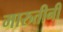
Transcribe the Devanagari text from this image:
मारुतीनी